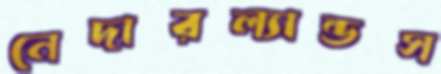
নেদারল্যান্ডস